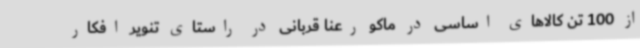
از 100 تن کالاهای اساسی در ماکو رعنا قربانی در راستای تنویر افکار